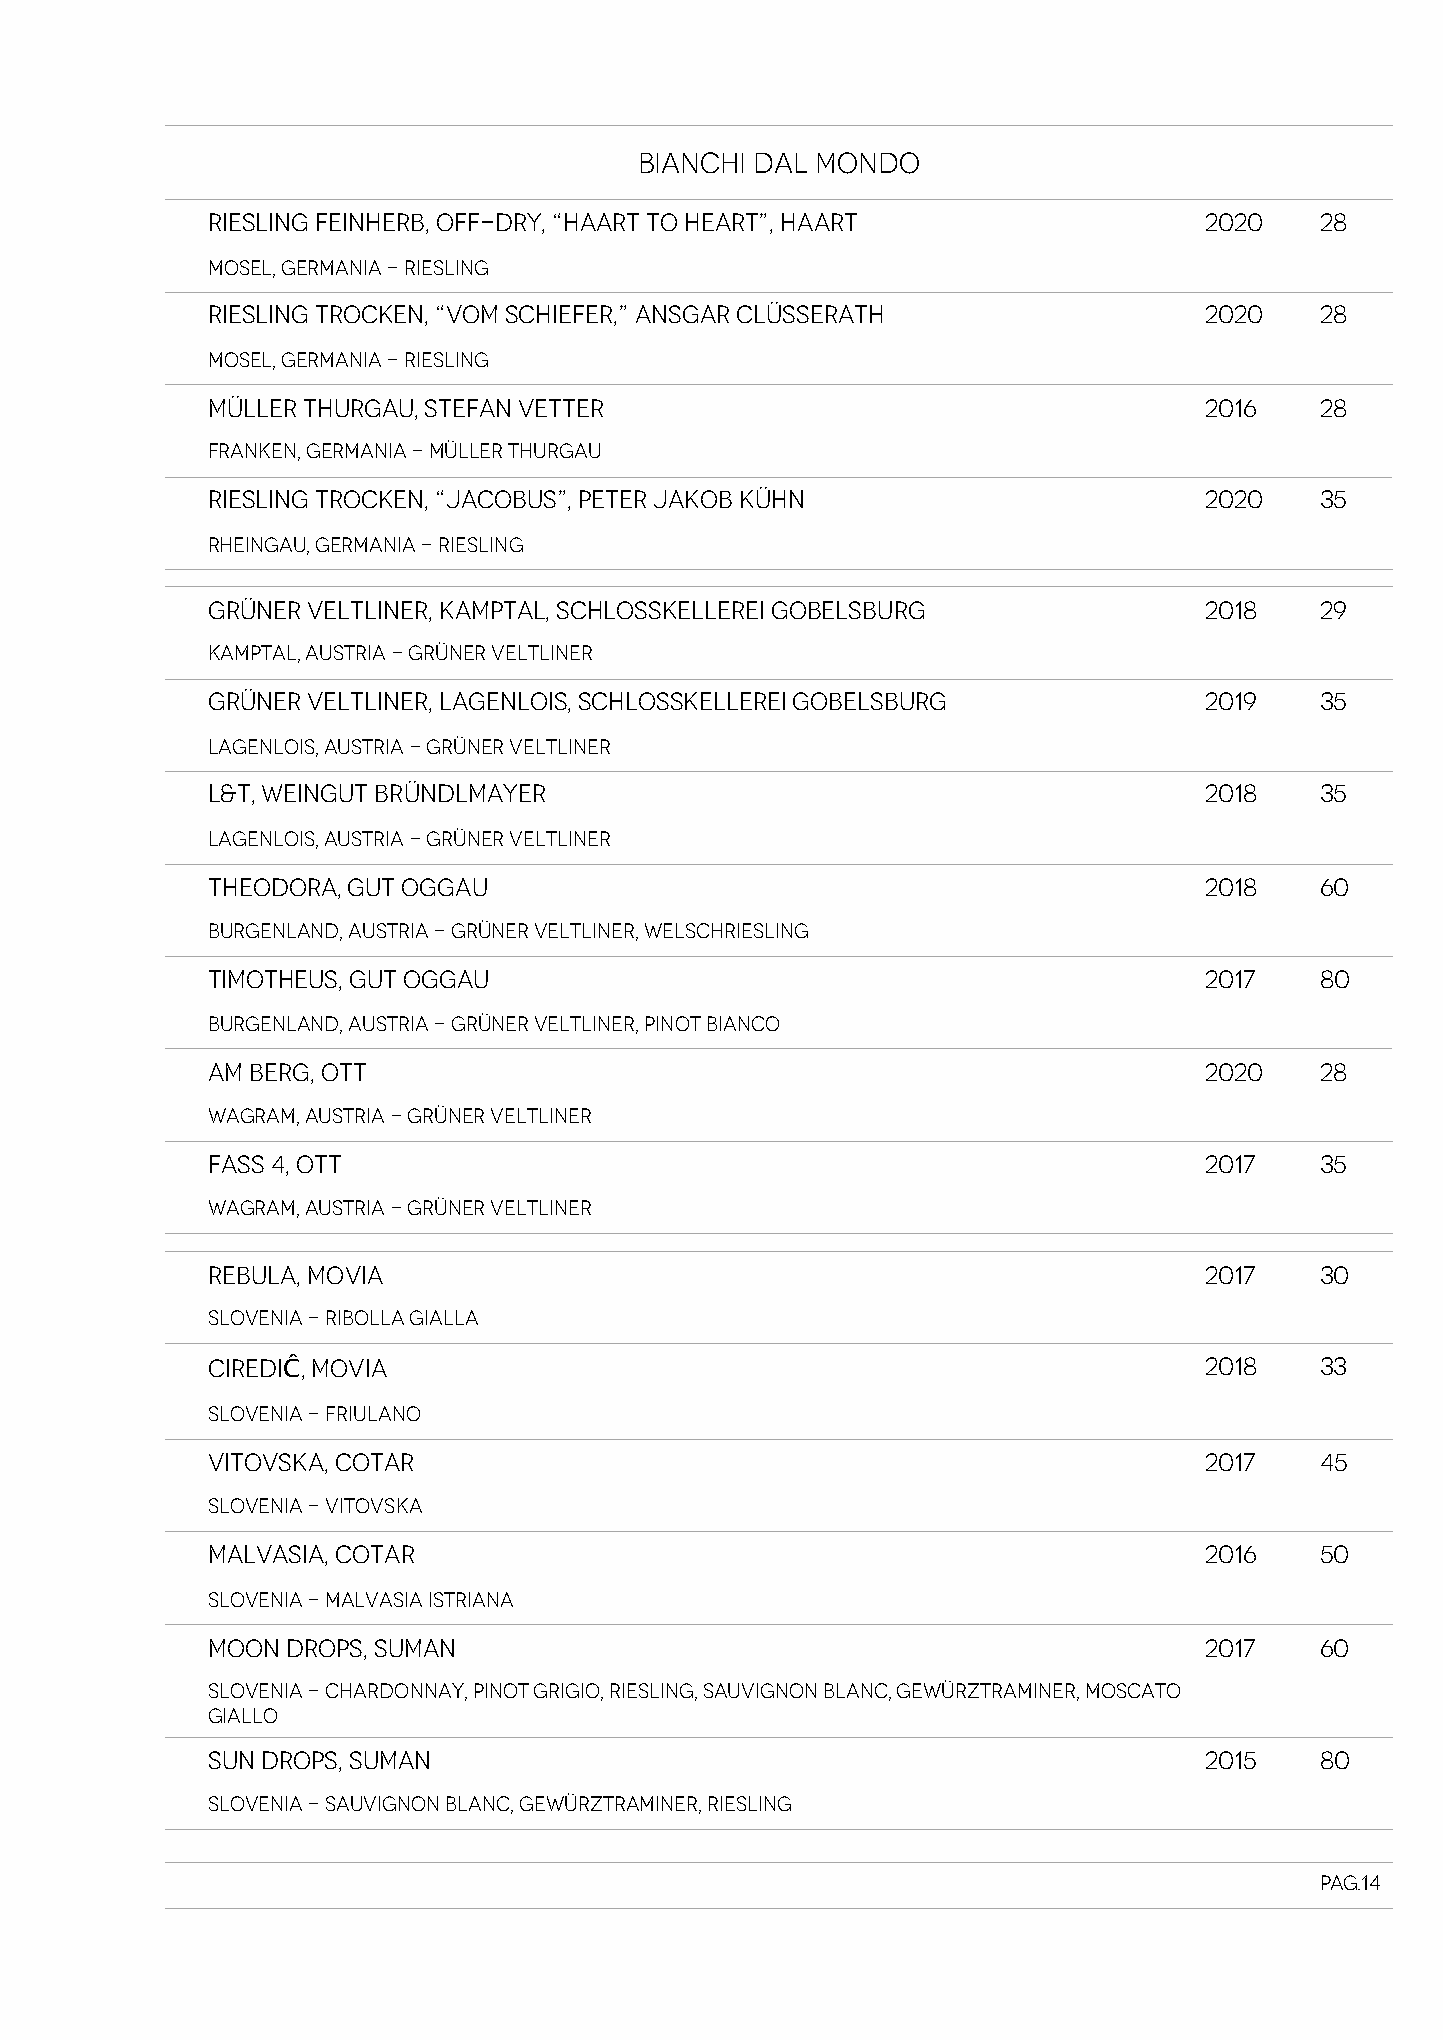
BIANCHI DAL MONDO
 RIESLING FEINHERB, OFF-DRY, “HAART TO HEART”, HAART               2020   28
 Mosel, Germania - Riesling
 RIESLING TROCKEN, “VOM SCHIEFER,” ANSGAR CLÜSSERATH               2020   28
 Mosel, Germania - Riesling
 MÜLLER THURGAU, STEFAN VETTER                                     2016   28
 Franken, Germania - MÜller Thurgau
 RIESLING TROCKEN, “JACOBUS”, PETER JAKOB KÜHN                     2020   35
 Rheingau, Germania - Riesling
 GRÜNER VELTLINER, KAMPTAL, SCHLOSSKELLEREI GOBELSBURG             2018   29
 Kamptal, Austria - Grüner Veltliner
 GRÜNER VELTLINER, LAGENLOIS, SCHLOSSKELLEREI GOBELSBURG           2019   35
 Lagenlois, Austria - Grüner Veltliner
 L&T, WEINGUT BRÜNDLMAYER                                          2018   35
 Lagenlois, Austria - Grüner Veltliner
 THEODORA, GUT OGGAU                                               2018   60
 Burgenland, Austria - Grüner Veltliner, Welschriesling
 TIMOTHEUS, GUT OGGAU                                              2017   80
 Burgenland, Austria - Grüner Veltliner, Pinot Bianco
 AM BERG, OTT                                                      2020   28
 Wagram, Austria - Grüner Veltliner
 FASS 4, OTT                                                       2017   35
 Wagram, Austria - Grüner Veltliner
 REBULA, MOVIA                                                     2017   30
 Slovenia - Ribolla Gialla
 CIREDIĈ, MOVIA                                                    2018   33
 Slovenia - Friulano
 VITOVSKA, COTAR                                                   2017   45
 Slovenia - Vitovska
 MALVASIA, COTAR                                                   2016   50
 Slovenia - Malvasia Istriana
 MOON DROPS, SUMAN                                                 2017   60
 Slovenia - Chardonnay, Pinot Grigio, Riesling, Sauvignon Blanc, Gewürztraminer, Moscato
 Giallo
 SUN DROPS, SUMAN                                                  2015   80
 Slovenia - Sauvignon Blanc, Gewürztraminer, Riesling
 Pag.14